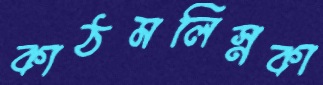
কাঠমলিস্নকা